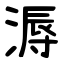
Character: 溽